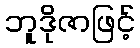
ဘူဒိုဇာဖြင့်